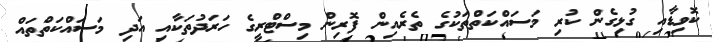
ކޮވިޑާއި ގުޅިގެން ކުރި މަސައްކަތްތަކުގެ ތެރެއިން ފޮރިން މިިސްޓްރީގެ ހަރަދުތަކާއި އަދި މަސައްކަތްތައް